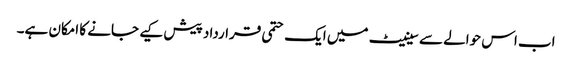
اب اس حوالے سے سینیٹ میں ایک حتمی قرارداد پیش کیے جانے کا امکان ہے۔